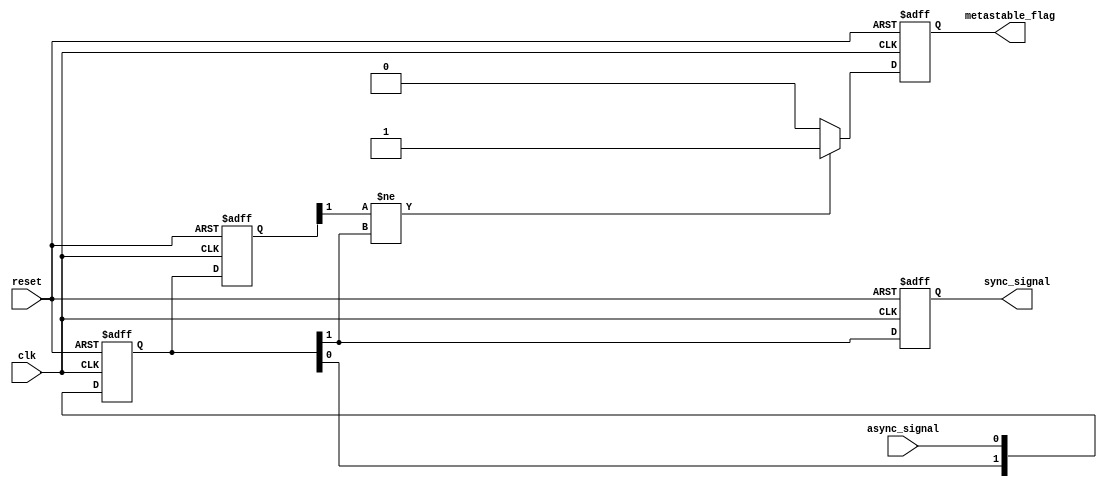
module MetastabilityDetector (
    input wire clk,                // Clock signal
    input wire reset,              // Asynchronous reset signal
    input wire async_signal,       // Asynchronous input signal
    output reg sync_signal,        // Synchronized output signal
    output reg metastable_flag     // Metastability indicator signal
);

    reg [1:0] sync_reg;           // Two-stage synchronizer register
    reg [1:0] previous_state;     // Register to capture the previous state

    // Synchronous reset block
    always @(posedge clk or posedge reset) begin
        if (reset) begin
            sync_reg <= 2'b00;     // Reset the synchronizer register
            sync_signal <= 1'b0;   // Reset output signal
            metastable_flag <= 1'b0; // Reset metastability flag
            previous_state <= 2'b00; // Reset previous state
        end else begin
            // Double synchronization
            sync_reg[0] <= async_signal; // First stage
            sync_reg[1] <= sync_reg[0];   // Second stage
            
            // Update sync_signal
            sync_signal <= sync_reg[1];
            
            // Monitor for metastability conditions
            if (previous_state[1] != sync_reg[1]) begin
                // Check for change in state (indicating a potential metastable event)
                metastable_flag <= 1'b1; // Set metastable flag
            end else begin
                metastable_flag <= 1'b0; // Clear metastable flag
            end
            
            // Update previous state
            previous_state <= sync_reg;
        end
    end

endmodule